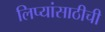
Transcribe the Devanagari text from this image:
लिप्यांसाठीची